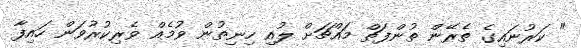
" ކަރުނައިގެ ތެރޭން ތުންފަތް މައްޗަށް ލުއި ހިނިތުން ވުމެއް ވެރިކުރުވަން ހައިފާ